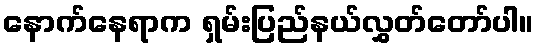
နောက်နေရာက ရှမ်းပြည်နယ်လွှတ်တော်ပါ။